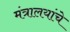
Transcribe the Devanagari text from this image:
मंत्रालयांचे